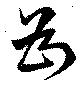
為